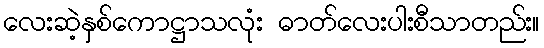
လေးဆဲ့နှစ်ကောဋ္ဌာသလုံး ဓာတ်လေးပါးစီသာတည်း။